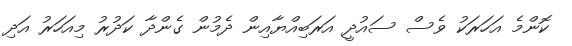
ކޮންމެ އަހަރަކު ވެސް ސައުދީ އަރަބިއްޔާއިން ދެމުން ގެންދާ ކަދުރު މިއަހަރު އަދި